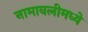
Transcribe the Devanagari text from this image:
नामावलीमध्ये